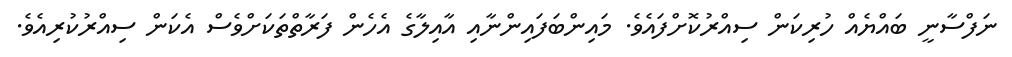
ނަފްސާނީ ބައްޔެއް ހުރިކަން ސިއްރުކޮށްފައެވެ. މައިންބަފައިންނާއި އާއިލާގެ އެހެން ފަރާތްތަކަށްވެސް އެކަން ސިއްރުކުރިއެވެ.